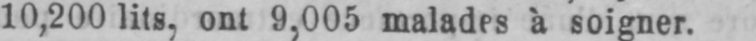
10,200 lits, ont 9,005 malades à soigner.